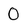
Character: 0